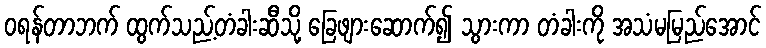
ဝရန်တာဘက် ထွက်သည့်တံခါးဆီသို့ ခြေဖျားဆောက်၍ သွားကာ တံခါးကို အသံမမြည်အောင်